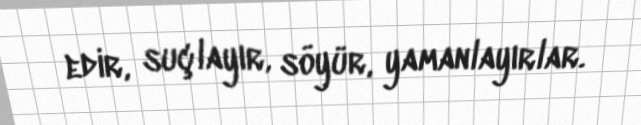
edir, suçlayır, söyür, yamanlayırlar.